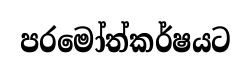
පරමෝත්කර්ෂයට